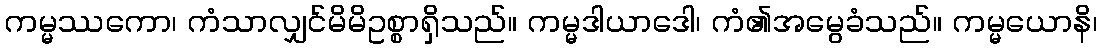
ကမ္မဿကော၊ ကံသာလျှင်မိမိဥစ္စာရှိသည်။ ကမ္မဒါယာဒေါ၊ ကံ၏အမွေခံသည်။ ကမ္မယောနိ၊